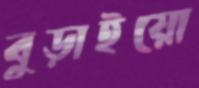
বুড়াইয়ো